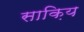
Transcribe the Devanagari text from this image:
साक़िय